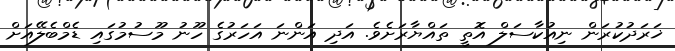
ޚަރަދުކުރަން ނިއުކާސަލް އޮތީ ތައްޔާރަށެވެ. އަދި އަންނަ އަހަރުގެ ހޫނު މޫސުމުގައި ޑެމްބެލޭއަށް